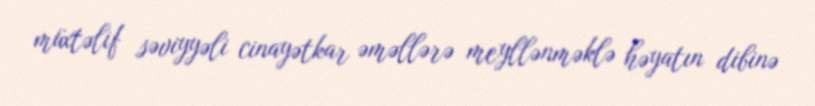
müxtəlif səviyyəli cinayətkar əməllərə meyllənməklə həyatın dibinə